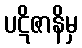
ပဋိဇာနိမှ